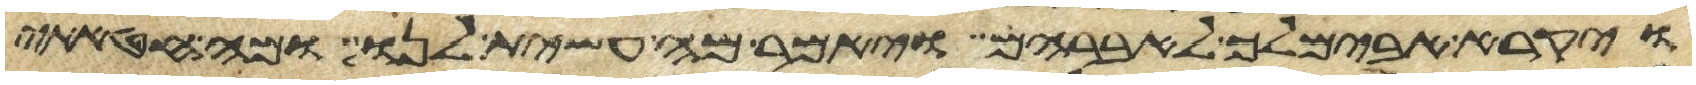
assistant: ויקרא אבימלך לאברהם ויאמר לו מה עשית לנו ומה חטאתי